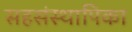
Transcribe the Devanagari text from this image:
सहसंस्थापिका